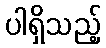
ပါရှိသည့်